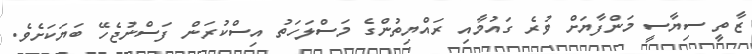
ޒާތީ ސިޔާސީ މަންފާޔަށް ވުރެ ގައުމާއި ރައްޔިތުންގެ މަސްލަހަތު އިސްކުރަން ފަސްނުޖެހޭ ބަޔަކަށެވެ.